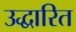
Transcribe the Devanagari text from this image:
उद्धारित